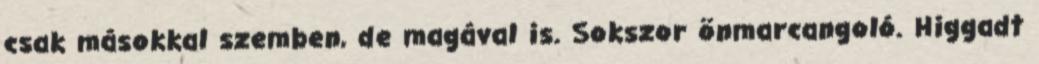
csak másokkal szemben, de magával is. Sokszor önmarcangoló. Higgadt